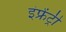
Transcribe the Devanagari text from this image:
इंफ्रेंट्री